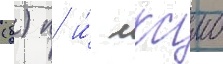
(б) п и́ лксмб